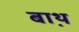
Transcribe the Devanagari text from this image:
बाथ़